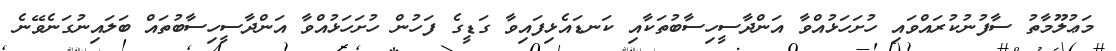
މަޢުލޫމާތު ސާފުނުކުރައްވައި ހުށަހަޅުއްވާ އަންދާސީހިސާބުތަކާއި ކަނޑައެޅިފައިވާ ގަޑީގެ ފަހުން ހުށަހަޅުއްވާ އަންދާސީހިސާބުތައް ބަލައިނުގަނެވޭނެ